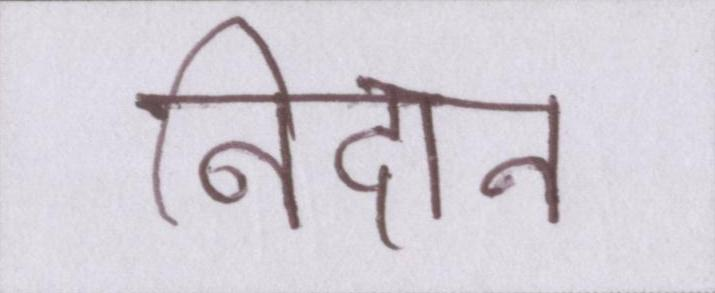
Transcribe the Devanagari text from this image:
निदान